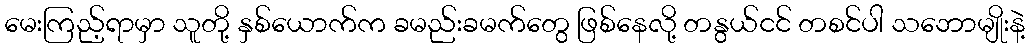
မေးကြည့်ရာမှာ သူတို့ နှစ်ယောက်က ခမည်းခမက်တွေ ဖြစ်နေလို့ တနွယ်ငင် တစင်ပါ သဘောမျိုးနဲ့